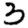
Digit: 3